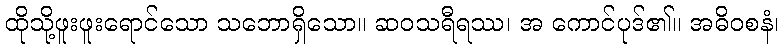
ထိုသို့ဖူးဖူးရောင်သော သဘောရှိသော။ ဆဝသရီရဿ၊ အ ကောင်ပုဒ်၏။ အဓိဝစနံ၊